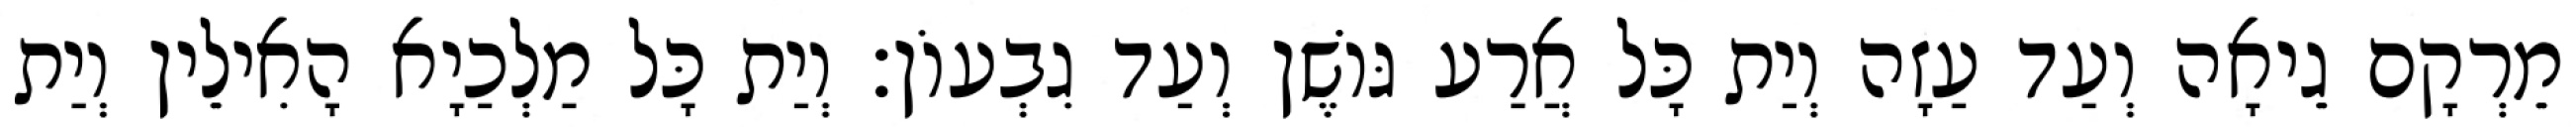
מֵרְקָם גֵיאָה וְעַד עַזָה וְיַת כָּל אֲרַע גּוֹשֶׁן וְעַד גִבְעוֹן׃ וְיַת כָּל מַלְכַיָא הָאִילֵין וְיַת